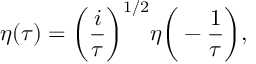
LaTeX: \eta ( \tau ) = \bigg ( \frac { i } { \tau } \bigg ) ^ { 1 / 2 } \eta \bigg ( - \frac { 1 } { \tau } \bigg ) ,